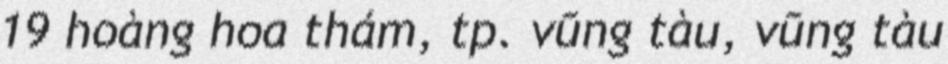
19 hoàng hoa thám, tp. vũng tàu, vũng tàu